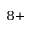
^ { 8 + }